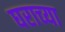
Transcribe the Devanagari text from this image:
घराच्‍या